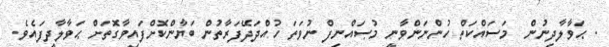
. ޙަވާލާދިނުން  މަސައްކަތް ހުންނަންވާނީ މުޞައްނިފް ނުވަތަ ހުއްދަދޭފަރާތުން ބަޔާންކޮށްފައިވާގޮތަށް ޙަވާލާދީފައެވެ.